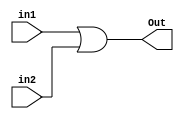
module ORgate(in1,in2,Out);

input in1,in2;
output Out;

assign Out=in1|in2;

endmodule